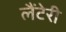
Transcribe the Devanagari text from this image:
लैंटेरी